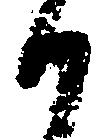
候